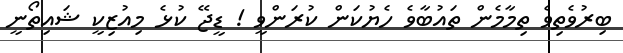
ބިރުވެތިވެ ތިމާމެން ތައުބާވެ ހެޔުކަން ކުރަންވީ ! ޑީޖޭ ކުޅެ މިއުޒިކީ ޝައިތޯނީ